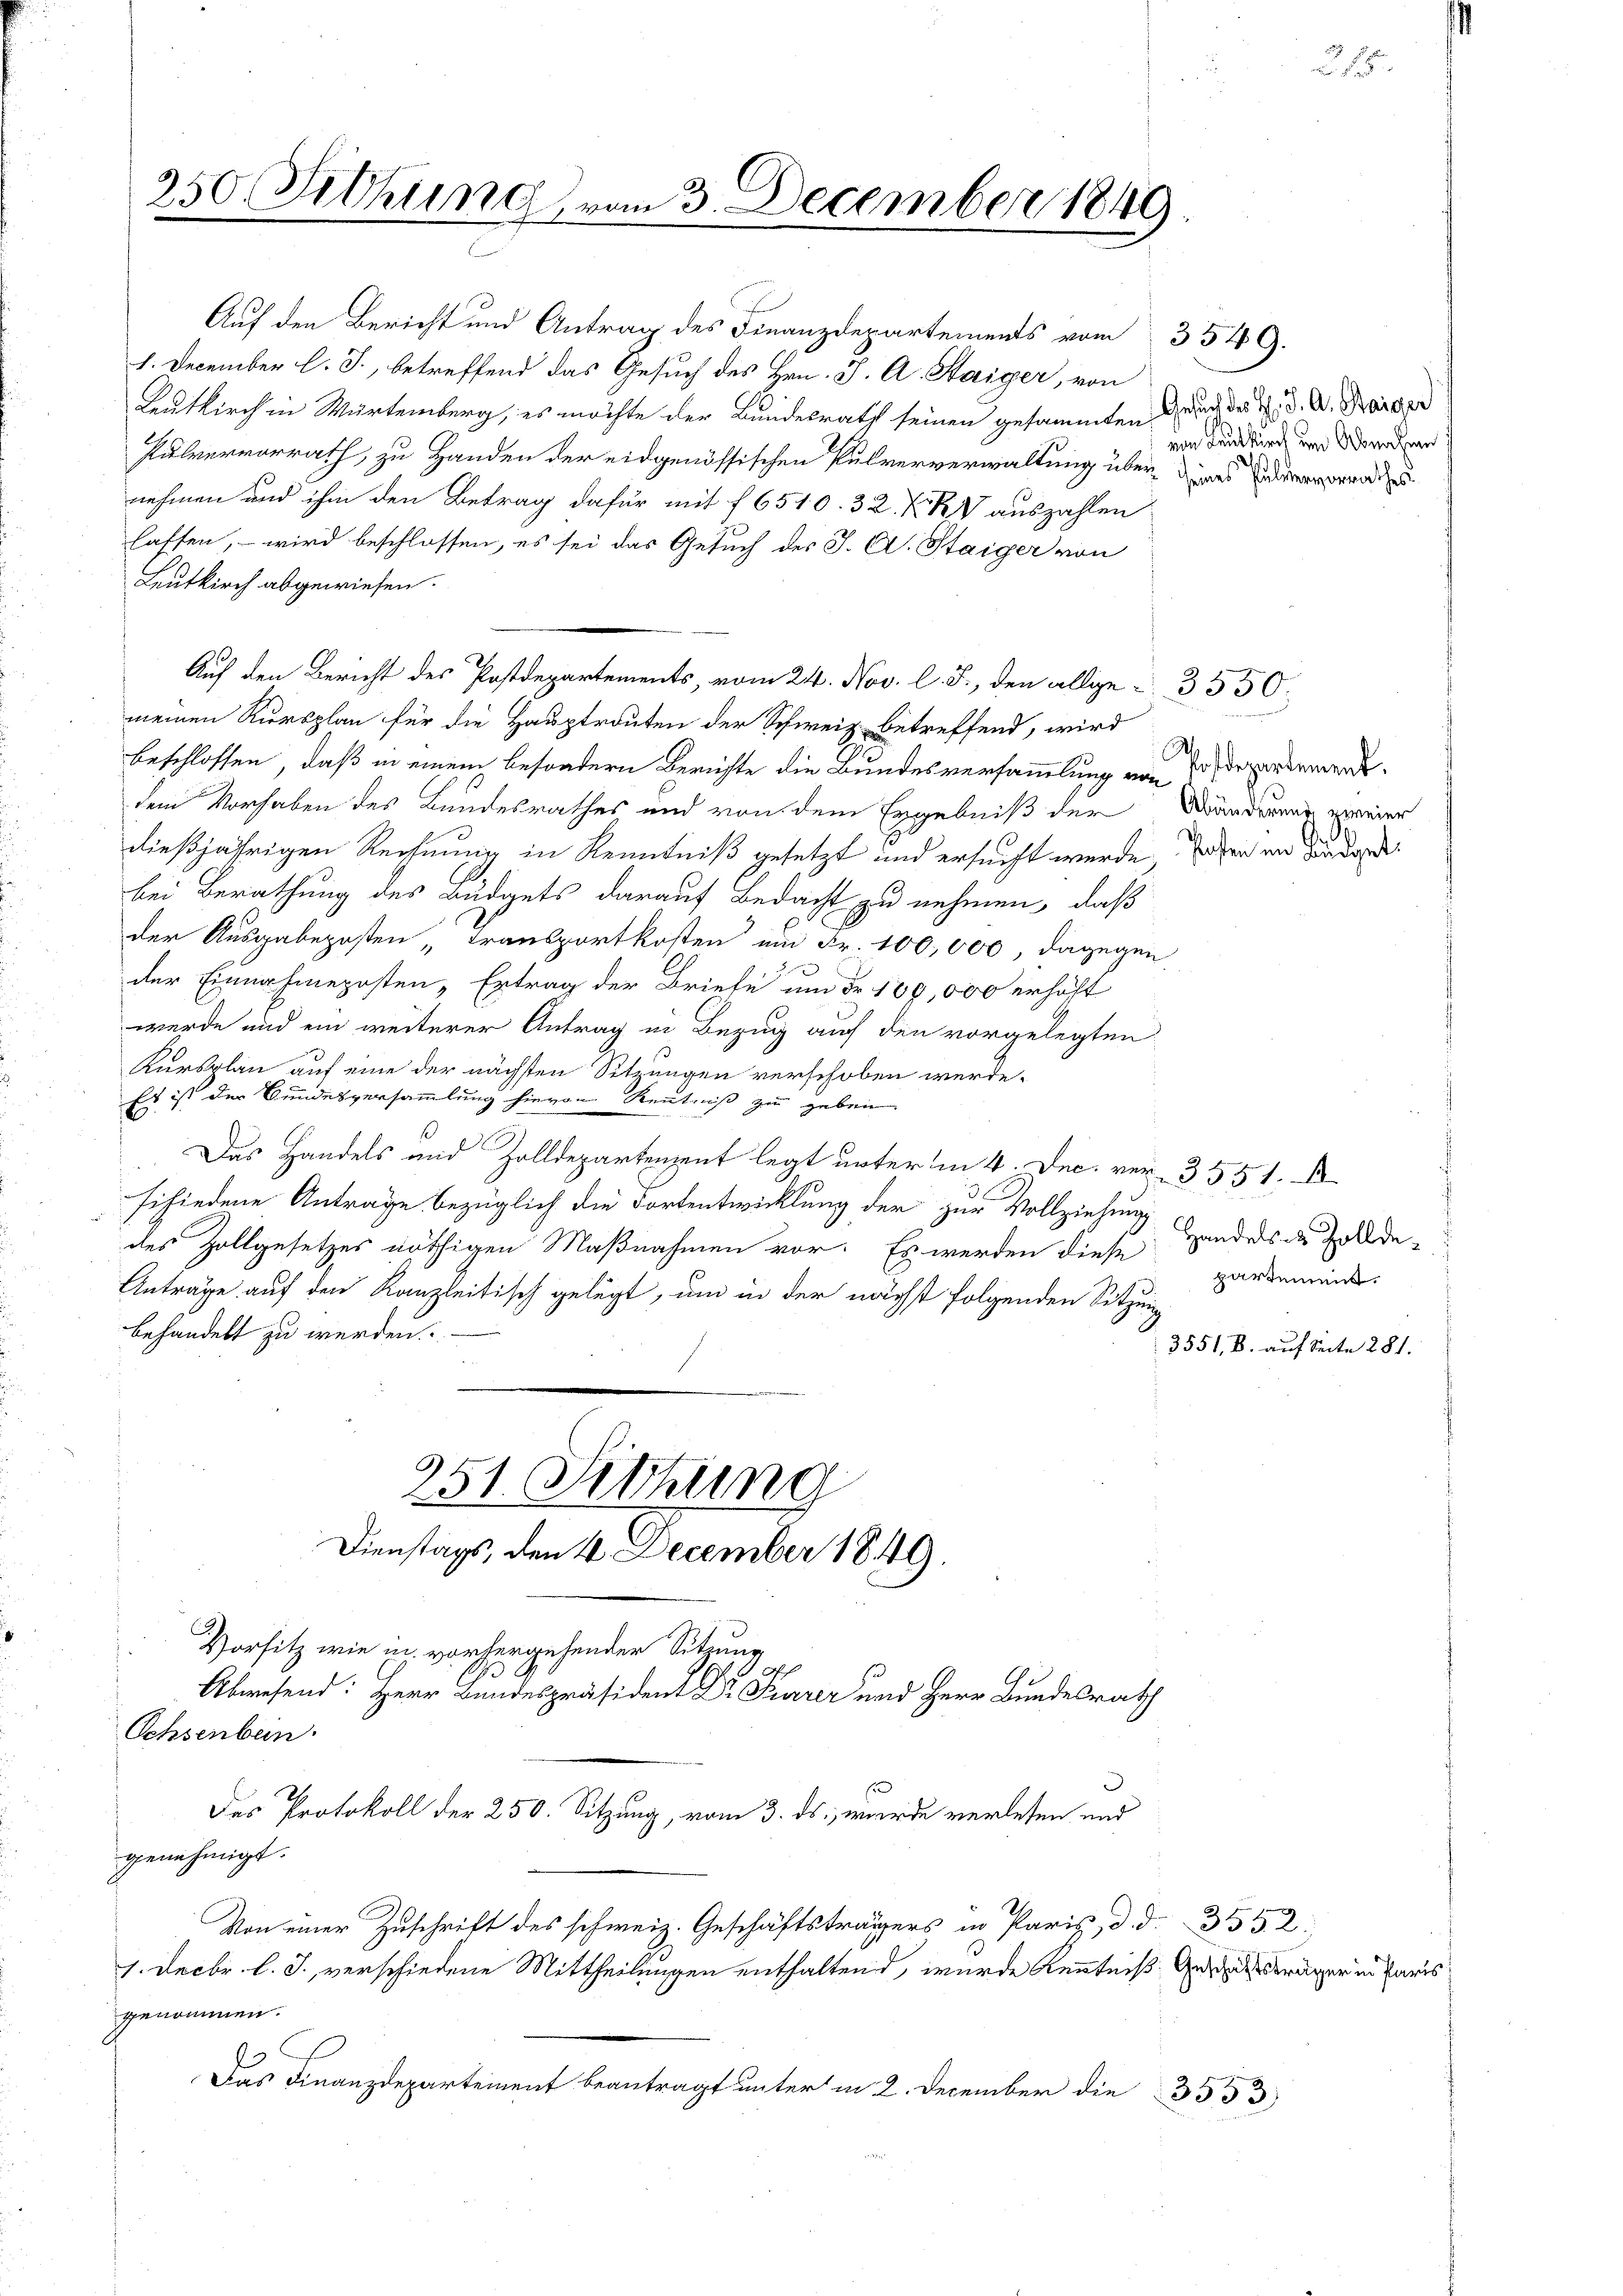
250. Siehung, vom 3. December 1840

Auf den Bericht und Antrag des Finanzdepartements vom 3549.
1. December l. J., betreffend das Gesuch des Hrn. J. A. Haiger, von
Leutkirch in Würtemberg, es möchte der Bundesrath seinen gesammten Zeuch des H. d. A. Barger
Pulvervorrath, zu Handen der eidgenössischen Pulververwaltung überwies
nehmen und ihm den Betrag dafür mit f 6510. 32. F. V auszahlen
lassen, – wird beschlossen, es sei das Gesuch des J. C. Staiger von
Leutkirch abgewiesen.
Auf den Bericht des Postdepartements, vom 24. Nov. l. J., den allge-3550.
meinen Kursplan für die Hauptrauten der Schweiz betreffend, wird
beschlossen, daß in einem besondern Berichte die Bundesversammlung von Postdepartemende
dem Vorhaben des Bundesrathes und von dem Ergebniß der Wänderung zweier
dießjährigen Rechnung in Kenntniß gesetzt und ersucht werde, sahen in der da
bei Berathung des Budgets darauf Bedacht zu nehmen, daß
der Ausgabeposten Transportkosten um Fr. 100,000, dagegen
der Einnahmeposten-Ertrag der Briefe um Fr. 109,000 erhöht
werde und ein weiterer Antrag in Bezug auch den vorgelegten
Kursplan auf eine der nächsten Sitzungen verschoben werde.
Es ist der Gundesversammlung hievon Kenntniß zu geben.
Das Handels und Zolldepartement legt unterm 4. Dec. ver- 3551. I
schiedene Antrage bezüglich die Fortentwicklung der zur Vollziehung
des Zollgesetzes nöthigen Maßnahmen vor. Es werden diese partemens
Antrage auf den Kanzleitisch gelegt, um in der nächst folgenden Sitzung
behandelt zu werden.
951. Sitzung
Dienstags, den 4. December 1849.
Vorsitz wie in vorhergehender Sitzung
A
Abwesend: Herr Bundespräsident Dr Parer und Herr Bundesrath
Schsenbein.
Das Protokoll der 250. Sitzung, vom 3. ds., wurde verlesen und
genehmigt.
Von einer Zuschrift des schweiz. Geschäftsträgers in Paris, d. d. 312
1. Decbr. l. J., verschiedene Mittheilungen enthaltend, wurde Kenntniß Anträger in Paris
genommen.
Das Finanzdepartement beantragt unter in 2. December die 3553

von Leutkirch um Abnahme

Handels- & Zollde¬

3551, B. auf Seite 281.

21